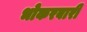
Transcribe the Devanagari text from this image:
भोकरबारी